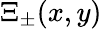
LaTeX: \Xi_{\pm}(x,y)